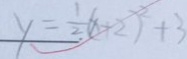
y = \frac { 1 } { 2 } ( x + 2 ) ^ { 2 } + 3